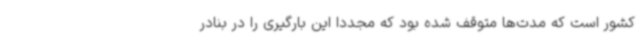
کشور است که مدت‌ها متوقف شده بود که مجددا این بارگیری را در بنادر